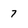
Character: 7